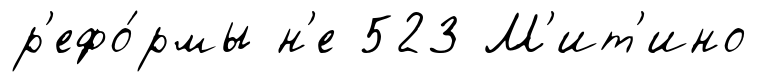
р'ефо́рмы н'е 523 М'ит'ино